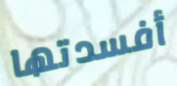
أفسدتها